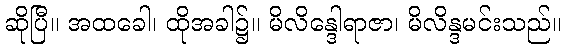
ဆိုပြီ။ အထခေါ၊ ထိုအခါ၌။ မိလိန္ဒေါရာဇာ၊ မိလိန္ဒမင်းသည်။